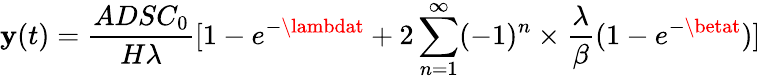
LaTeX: \mathbf{y}(t)=\frac{{ADSC_{0}}}{{H\lambda}}[1-e^{-\lambdat}+2\sum_{n=1}^{\infty}(-1)^{n}\times\frac{{\lambda}}{{\beta}}(1-e^{-\betat})]